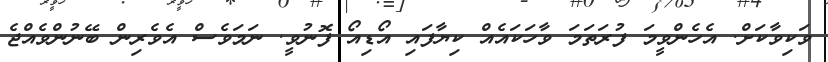
ވަކިވާކަށް. އެހެންވީމަ ފުރަތަމަ ވާހަކައެއް ކިޔާފައި އޯޑިއޯ ފޮނުވީ. ނަމަވެސް އެވެރިން ބޭނުންވެއްޖެ